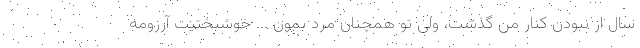
سال از نبودن کنار من گذشت، ولی تو همچنان مرد بمون ... خوشبختیت آرزومه